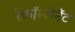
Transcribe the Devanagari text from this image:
रेकॉम्बीनैंट